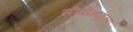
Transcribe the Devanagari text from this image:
सीबीआयच्या